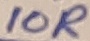
Text: 10R